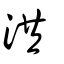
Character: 洪